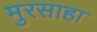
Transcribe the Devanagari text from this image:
मुरसाहा